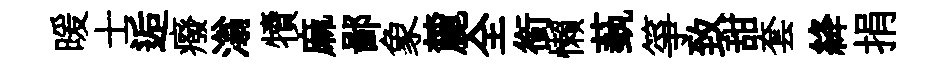
暖士逅癈滃犢麻鄙象麓全銜懒蓺箏致甜套絳捐